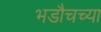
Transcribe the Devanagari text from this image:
भडौचच्या